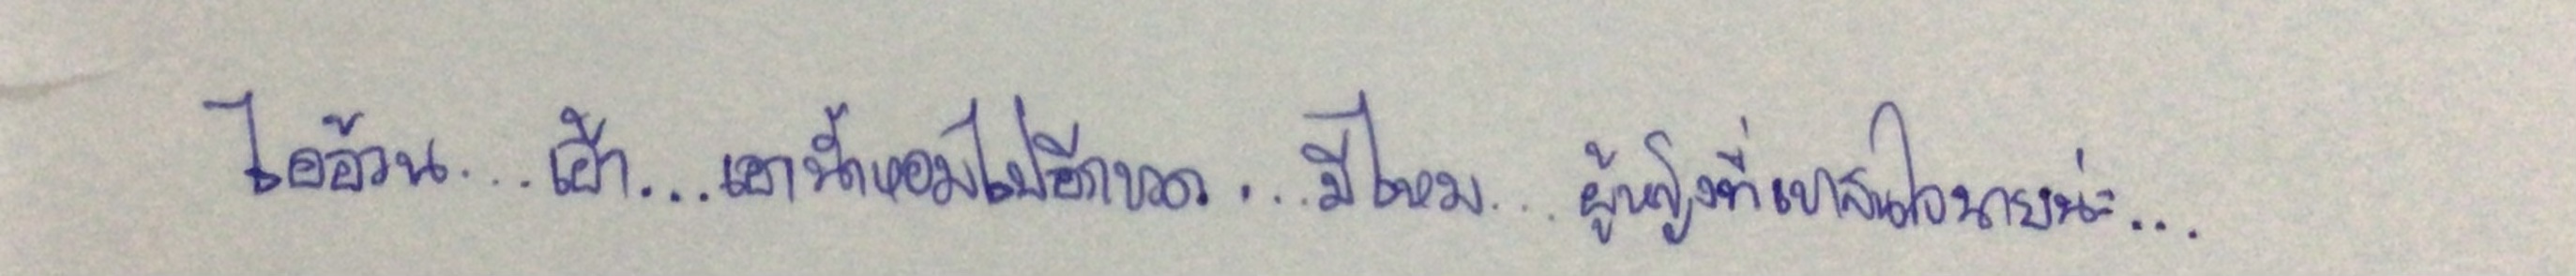
ไอ้อ้วน...เอ้า...เอาน้ำหอมไปอีกขวด...มีไหม...ผู้หญิงที่เขาสนใจนายน่ะ...